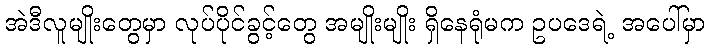
အဲဒီလူမျိုးတွေမှာ လုပ်ပိုင်ခွင့်တွေ အမျိုးမျိုး ရှိနေရုံမက ဥပဒေရဲ့ အပေါ်မှာ